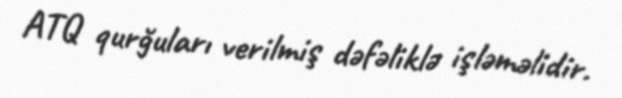
ATQ qurğuları verilmiş dəfəliklə işləməlidir.